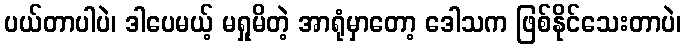
ပယ်တာပါပဲ၊ ဒါပေမယ့် မရှုမိတဲ့ အာရုံမှာတော့ ဒေါသက ဖြစ်နိုင်သေးတာပဲ၊